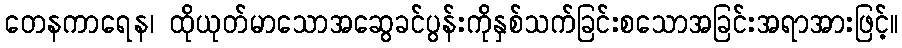
တေနကာရေန၊ ထိုယုတ်မာသောအဆွေခင်ပွန်းကိုနှစ်သက်ခြင်းစသောအခြင်းအရာအားဖြင့်။